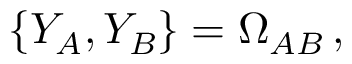
\{ Y _ { A } , Y _ { B } \} = \Omega _ { A B } \, ,